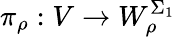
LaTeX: \pi_{\rho}:V\to W_{\rho}^{\Sigma_{1}}